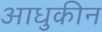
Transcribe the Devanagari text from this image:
आधुकीन